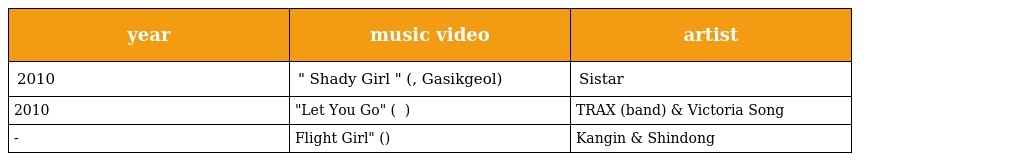
| year | music video | artist |
 | --- | --- | --- |
 | 2010 | " Shady Girl " (가식걸, Gasikgeol) | Sistar |
 | 2010 | "Let You Go" (가슴이 차가운 남자) | TRAX (band) & Victoria Song |
 | - | Flight Girl" (비행소녀) | Kangin & Shindong |